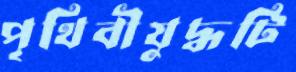
পৃথিবীযুদ্ধটি